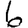
Digit: 6